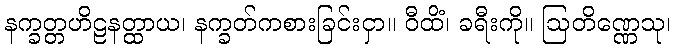
နက္ခတ္တဟိဠနတ္ထာယ၊ နက္ခတ်ကစားခြင်းငှာ။ ဝီထိံ၊ ခရီးကို။ ဩတိဏ္ဏေသု၊